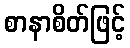
စာနာစိတ်ဖြင့်